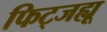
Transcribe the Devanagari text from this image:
फिट्जह्यू